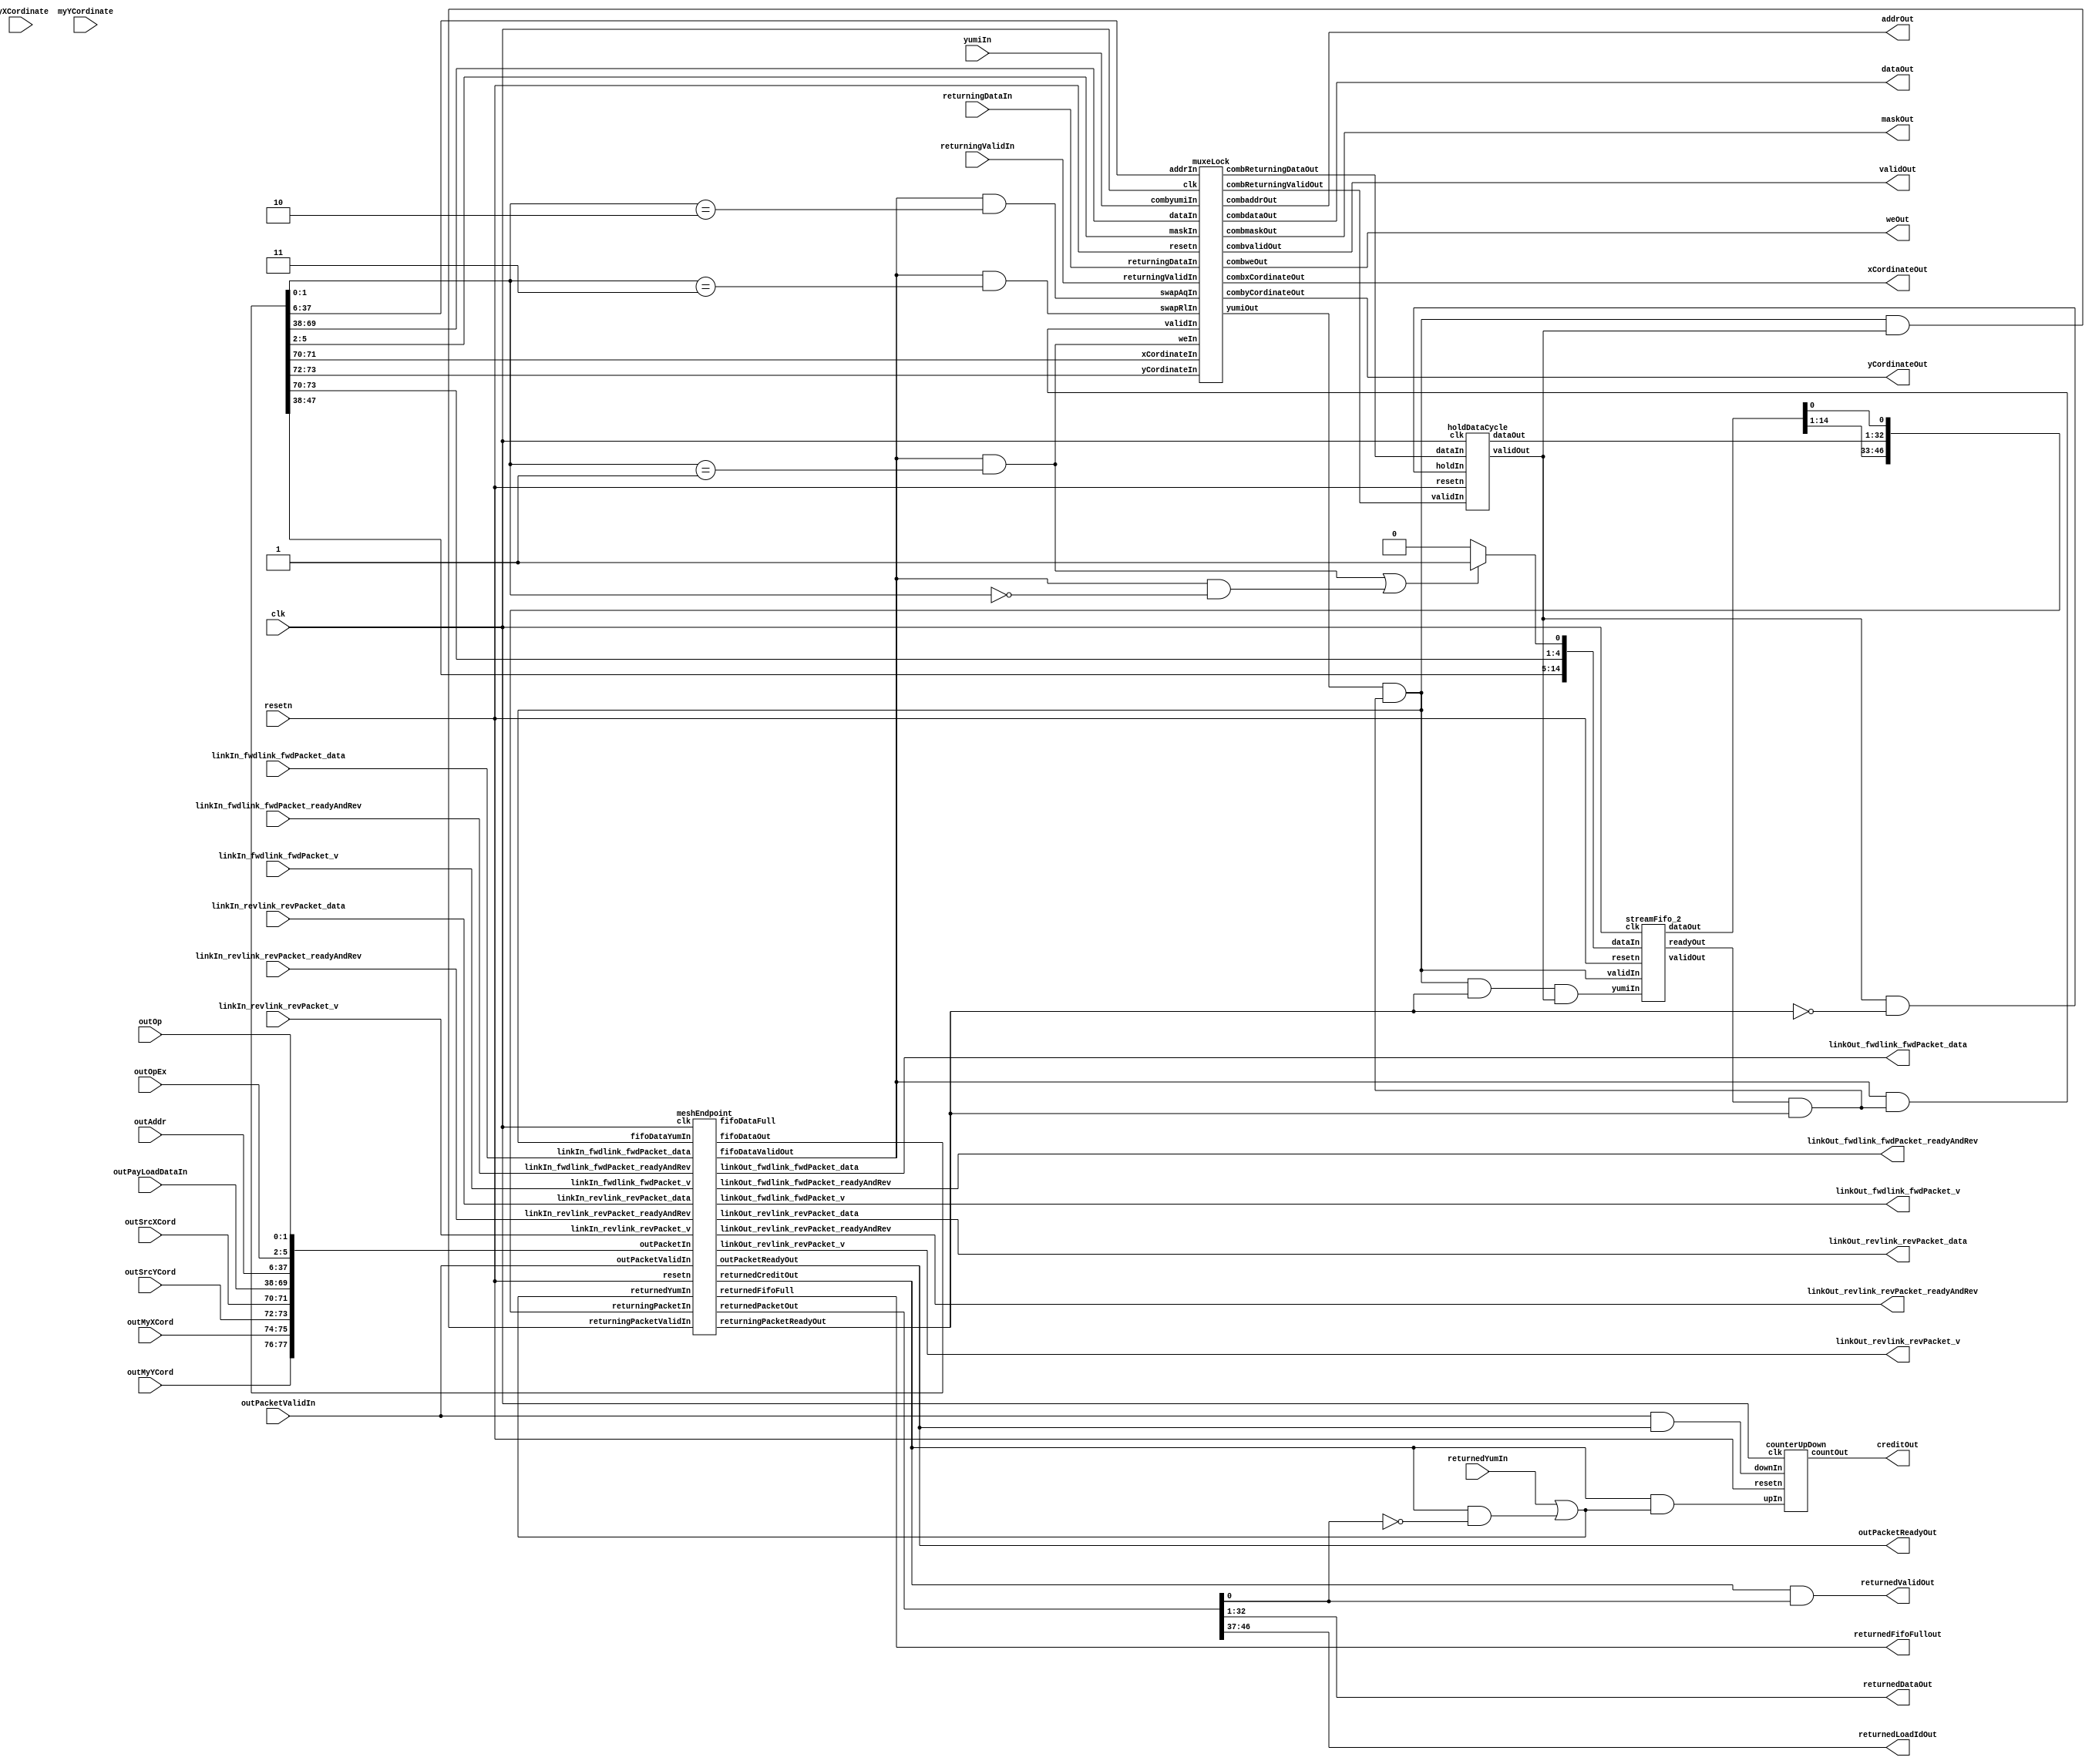
// Generator : SpinalHDL v1.7.3    git head : ed8004c489ee8a38c2cab309d0447b543fe9d5b8
// Component : meshEndpointStandard

`timescale 1ns/1ps

module meshEndpointStandard (
  input               linkIn_fwdlink_fwdPacket_v,
  input               linkIn_fwdlink_fwdPacket_readyAndRev,
  input      [77:0]   linkIn_fwdlink_fwdPacket_data,
  input               linkIn_revlink_revPacket_v,
  input               linkIn_revlink_revPacket_readyAndRev,
  input      [46:0]   linkIn_revlink_revPacket_data,
  output              linkOut_fwdlink_fwdPacket_v,
  output              linkOut_fwdlink_fwdPacket_readyAndRev,
  output     [77:0]   linkOut_fwdlink_fwdPacket_data,
  output              linkOut_revlink_revPacket_v,
  output              linkOut_revlink_revPacket_readyAndRev,
  output     [46:0]   linkOut_revlink_revPacket_data,
  output              validOut,
  input               yumiIn,
  output     [31:0]   dataOut,
  output     [3:0]    maskOut,
  output     [31:0]   addrOut,
  output              weOut,
  output     [1:0]    xCordinateOut,
  output     [1:0]    yCordinateOut,
  input      [31:0]   returningDataIn,
  input               returningValidIn,
  input      [1:0]    outOp,
  input      [3:0]    outOpEx,
  input      [31:0]   outAddr,
  input      [31:0]   outPayLoadDataIn,
  input      [1:0]    outSrcXCord,
  input      [1:0]    outSrcYCord,
  input      [1:0]    outMyXCord,
  input      [1:0]    outMyYCord,
  input               outPacketValidIn,
  output              outPacketReadyOut,
  output     [31:0]   returnedDataOut,
  output     [9:0]    returnedLoadIdOut,
  output              returnedValidOut,
  input               returnedYumIn,
  output              returnedFifoFullout,
  output     [4:0]    creditOut,
  input      [1:0]    myXCordinate,
  input      [1:0]    myYCordinate,
  input               clk,
  input               resetn
);

  wire       [14:0]   myreturnCreditFifo_dataIn;
  wire                myHold1Cycle_holdIn;
  wire       [0:0]    mycounterUpDown_upIn;
  wire       [0:0]    mycounterUpDown_downIn;
  wire                myEndpoint_linkOut_fwdlink_fwdPacket_v;
  wire                myEndpoint_linkOut_fwdlink_fwdPacket_readyAndRev;
  wire       [77:0]   myEndpoint_linkOut_fwdlink_fwdPacket_data;
  wire                myEndpoint_linkOut_revlink_revPacket_v;
  wire                myEndpoint_linkOut_revlink_revPacket_readyAndRev;
  wire       [46:0]   myEndpoint_linkOut_revlink_revPacket_data;
  wire       [77:0]   myEndpoint_fifoDataOut;
  wire                myEndpoint_fifoDataValidOut;
  wire                myEndpoint_fifoDataFull;
  wire                myEndpoint_outPacketReadyOut;
  wire       [46:0]   myEndpoint_returnedPacketOut;
  wire                myEndpoint_returnedCreditOut;
  wire                myEndpoint_returnedFifoFull;
  wire                myEndpoint_returningPacketReadyOut;
  wire                myMuxeLock_yumiOut;
  wire                myMuxeLock_combvalidOut;
  wire       [31:0]   myMuxeLock_combdataOut;
  wire       [3:0]    myMuxeLock_combmaskOut;
  wire       [31:0]   myMuxeLock_combaddrOut;
  wire                myMuxeLock_combweOut;
  wire       [1:0]    myMuxeLock_combxCordinateOut;
  wire       [1:0]    myMuxeLock_combyCordinateOut;
  wire       [31:0]   myMuxeLock_combReturningDataOut;
  wire                myMuxeLock_combReturningValidOut;
  wire                myreturnCreditFifo_readyOut;
  wire       [14:0]   myreturnCreditFifo_dataOut;
  wire                myreturnCreditFifo_validOut;
  wire                myHold1Cycle_validOut;
  wire       [31:0]   myHold1Cycle_dataOut;
  wire       [4:0]    mycounterUpDown_countOut;
  wire       [1:0]    tempPacketData_op;
  wire       [3:0]    tempPacketData_opEx;
  wire       [31:0]   tempPacketData_addr;
  wire       [31:0]   tempPacketData_payload_data;
  wire       [31:0]   tempPacketData_payload_loadInfo;
  wire       [9:0]    tempPacketData_payload_loadId;
  wire       [21:0]   tempPacketData_payload_loadInfoPadding;
  wire       [1:0]    tempPacketData_srcXCord;
  wire       [1:0]    tempPacketData_srcYCord;
  wire       [1:0]    tempPacketData_myXCord;
  wire       [1:0]    tempPacketData_myYCord;
  wire                tempPacketDataValid;
  wire                tempPacketYumi;
  wire                tempPacketFifoFull;
  wire       [0:0]    tempReturnedPacket_pktTyple;
  wire       [31:0]   tempReturnedPacket_data;
  wire       [9:0]    tempReturnedPacket_loadId;
  wire       [1:0]    tempReturnedPacket_xCord;
  wire       [1:0]    tempReturnedPacket_yCord;
  wire                tempReturnedYumi;
  wire                tempReturnedCredit;
  wire       [46:0]   tempReturningPacket;
  wire                tempReturningPacketValid;
  wire                tempReturningPacketReady;
  wire       [77:0]   tempoutPacketIn;
  wire                returnedCredit;
  wire                tempvalidIn;
  wire                tempyumiOut;
  wire       [31:0]   tempdataIn;
  wire       [3:0]    tempmaskIn;
  wire       [31:0]   tempaddrIn;
  wire                tempweIn;
  wire                tempswapAqIn;
  wire                tempswapRlIn;
  wire                tempRemoteLoad;
  wire                tempRemoteStroe;
  wire       [1:0]    tempxCordinateIn;
  wire       [1:0]    tempyCordinateIn;
  wire       [31:0]   tempcombReturningDataOut;
  wire                tempcombReturneingValidOut;
  wire       [0:0]    rcFifoli_packetType;
  wire       [1:0]    rcFifoli_xCordinate;
  wire       [1:0]    rcFifoli_yCordinate;
  wire       [9:0]    rcFifoli_loadId;
  wire       [0:0]    rcFifolo_packetType;
  wire       [1:0]    rcFifolo_xCordinate;
  wire       [1:0]    rcFifolo_yCordinate;
  wire       [9:0]    rcFifolo_loadId;
  wire                rcFifoReadyOut;
  wire                rcFifoValidOut;
  wire                rcFifoYumiIn;
  wire                returningDataRequest;
  wire       [31:0]   holdReturningData;
  wire                holdReturningDataValid;
  wire       [0:0]    returningPacketCase_pktTyple;
  wire       [31:0]   returningPacketCase_data;
  wire       [9:0]    returningPacketCase_loadId;
  wire       [1:0]    returningPacketCase_xCord;
  wire       [1:0]    returningPacketCase_yCord;
  wire                launchOut;

  meshEndpoint myEndpoint (
    .linkIn_fwdlink_fwdPacket_v            (linkIn_fwdlink_fwdPacket_v                      ), //i
    .linkIn_fwdlink_fwdPacket_readyAndRev  (linkIn_fwdlink_fwdPacket_readyAndRev            ), //i
    .linkIn_fwdlink_fwdPacket_data         (linkIn_fwdlink_fwdPacket_data[77:0]             ), //i
    .linkIn_revlink_revPacket_v            (linkIn_revlink_revPacket_v                      ), //i
    .linkIn_revlink_revPacket_readyAndRev  (linkIn_revlink_revPacket_readyAndRev            ), //i
    .linkIn_revlink_revPacket_data         (linkIn_revlink_revPacket_data[46:0]             ), //i
    .linkOut_fwdlink_fwdPacket_v           (myEndpoint_linkOut_fwdlink_fwdPacket_v          ), //o
    .linkOut_fwdlink_fwdPacket_readyAndRev (myEndpoint_linkOut_fwdlink_fwdPacket_readyAndRev), //o
    .linkOut_fwdlink_fwdPacket_data        (myEndpoint_linkOut_fwdlink_fwdPacket_data[77:0] ), //o
    .linkOut_revlink_revPacket_v           (myEndpoint_linkOut_revlink_revPacket_v          ), //o
    .linkOut_revlink_revPacket_readyAndRev (myEndpoint_linkOut_revlink_revPacket_readyAndRev), //o
    .linkOut_revlink_revPacket_data        (myEndpoint_linkOut_revlink_revPacket_data[46:0] ), //o
    .fifoDataOut                           (myEndpoint_fifoDataOut[77:0]                    ), //o
    .fifoDataValidOut                      (myEndpoint_fifoDataValidOut                     ), //o
    .fifoDataYumIn                         (tempPacketYumi                                  ), //i
    .fifoDataFull                          (myEndpoint_fifoDataFull                         ), //o
    .outPacketIn                           (tempoutPacketIn[77:0]                           ), //i
    .outPacketValidIn                      (outPacketValidIn                                ), //i
    .outPacketReadyOut                     (myEndpoint_outPacketReadyOut                    ), //o
    .returnedPacketOut                     (myEndpoint_returnedPacketOut[46:0]              ), //o
    .returnedCreditOut                     (myEndpoint_returnedCreditOut                    ), //o
    .returnedYumIn                         (tempReturnedYumi                                ), //i
    .returnedFifoFull                      (myEndpoint_returnedFifoFull                     ), //o
    .returningPacketIn                     (tempReturningPacket[46:0]                       ), //i
    .returningPacketValidIn                (tempReturningPacketValid                        ), //i
    .returningPacketReadyOut               (myEndpoint_returningPacketReadyOut              ), //o
    .clk                                   (clk                                             ), //i
    .resetn                                (resetn                                          )  //i
  );
  muxeLock myMuxeLock (
    .validIn               (tempvalidIn                          ), //i
    .yumiOut               (myMuxeLock_yumiOut                   ), //o
    .dataIn                (tempdataIn[31:0]                     ), //i
    .maskIn                (tempmaskIn[3:0]                      ), //i
    .addrIn                (tempaddrIn[31:0]                     ), //i
    .weIn                  (tempweIn                             ), //i
    .swapAqIn              (tempswapAqIn                         ), //i
    .swapRlIn              (tempswapRlIn                         ), //i
    .xCordinateIn          (tempxCordinateIn[1:0]                ), //i
    .yCordinateIn          (tempyCordinateIn[1:0]                ), //i
    .combvalidOut          (myMuxeLock_combvalidOut              ), //o
    .combyumiIn            (yumiIn                               ), //i
    .combdataOut           (myMuxeLock_combdataOut[31:0]         ), //o
    .combmaskOut           (myMuxeLock_combmaskOut[3:0]          ), //o
    .combaddrOut           (myMuxeLock_combaddrOut[31:0]         ), //o
    .combweOut             (myMuxeLock_combweOut                 ), //o
    .combxCordinateOut     (myMuxeLock_combxCordinateOut[1:0]    ), //o
    .combyCordinateOut     (myMuxeLock_combyCordinateOut[1:0]    ), //o
    .returningDataIn       (returningDataIn[31:0]                ), //i
    .returningValidIn      (returningValidIn                     ), //i
    .combReturningDataOut  (myMuxeLock_combReturningDataOut[31:0]), //o
    .combReturningValidOut (myMuxeLock_combReturningValidOut     ), //o
    .clk                   (clk                                  ), //i
    .resetn                (resetn                               )  //i
  );
  streamFifo_2 myreturnCreditFifo (
    .dataIn   (myreturnCreditFifo_dataIn[14:0] ), //i
    .validIn  (tempPacketYumi                  ), //i
    .readyOut (myreturnCreditFifo_readyOut     ), //o
    .dataOut  (myreturnCreditFifo_dataOut[14:0]), //o
    .validOut (myreturnCreditFifo_validOut     ), //o
    .yumiIn   (rcFifoYumiIn                    ), //i
    .clk      (clk                             ), //i
    .resetn   (resetn                          )  //i
  );
  holdDataCycle myHold1Cycle (
    .validIn  (tempcombReturneingValidOut    ), //i
    .dataIn   (tempcombReturningDataOut[31:0]), //i
    .holdIn   (myHold1Cycle_holdIn           ), //i
    .validOut (myHold1Cycle_validOut         ), //o
    .dataOut  (myHold1Cycle_dataOut[31:0]    ), //o
    .clk      (clk                           ), //i
    .resetn   (resetn                        )  //i
  );
  counterUpDown mycounterUpDown (
    .upIn     (mycounterUpDown_upIn         ), //i
    .downIn   (mycounterUpDown_downIn       ), //i
    .countOut (mycounterUpDown_countOut[4:0]), //o
    .clk      (clk                          ), //i
    .resetn   (resetn                       )  //i
  );
  assign tempPacketData_payload_loadInfo = tempPacketData_payload_data;
  assign tempPacketData_payload_loadId = tempPacketData_payload_loadInfo[9 : 0];
  assign tempPacketData_payload_loadInfoPadding = tempPacketData_payload_loadInfo[31 : 10];
  assign tempoutPacketIn = {{{{{{{outMyYCord,outMyXCord},outSrcYCord},outSrcXCord},outPayLoadDataIn},outAddr},outOpEx},outOp};
  assign returnedCredit = (tempReturnedCredit && tempReturnedYumi);
  assign linkOut_fwdlink_fwdPacket_v = myEndpoint_linkOut_fwdlink_fwdPacket_v;
  assign linkOut_fwdlink_fwdPacket_readyAndRev = myEndpoint_linkOut_fwdlink_fwdPacket_readyAndRev;
  assign linkOut_fwdlink_fwdPacket_data = myEndpoint_linkOut_fwdlink_fwdPacket_data;
  assign linkOut_revlink_revPacket_v = myEndpoint_linkOut_revlink_revPacket_v;
  assign linkOut_revlink_revPacket_readyAndRev = myEndpoint_linkOut_revlink_revPacket_readyAndRev;
  assign linkOut_revlink_revPacket_data = myEndpoint_linkOut_revlink_revPacket_data;
  assign tempPacketData_op = myEndpoint_fifoDataOut[1 : 0];
  assign tempPacketData_opEx = myEndpoint_fifoDataOut[5 : 2];
  assign tempPacketData_addr = myEndpoint_fifoDataOut[37 : 6];
  assign tempPacketData_payload_data = myEndpoint_fifoDataOut[69 : 38];
  assign tempPacketData_srcXCord = myEndpoint_fifoDataOut[71 : 70];
  assign tempPacketData_srcYCord = myEndpoint_fifoDataOut[73 : 72];
  assign tempPacketData_myXCord = myEndpoint_fifoDataOut[75 : 74];
  assign tempPacketData_myYCord = myEndpoint_fifoDataOut[77 : 76];
  assign tempPacketDataValid = myEndpoint_fifoDataValidOut;
  assign tempPacketFifoFull = myEndpoint_fifoDataFull;
  assign outPacketReadyOut = myEndpoint_outPacketReadyOut;
  assign tempReturnedPacket_pktTyple = myEndpoint_returnedPacketOut[0 : 0];
  assign tempReturnedPacket_data = myEndpoint_returnedPacketOut[32 : 1];
  assign tempReturnedPacket_xCord = myEndpoint_returnedPacketOut[34 : 33];
  assign tempReturnedPacket_yCord = myEndpoint_returnedPacketOut[36 : 35];
  assign tempReturnedPacket_loadId = myEndpoint_returnedPacketOut[46 : 37];
  assign tempReturnedCredit = myEndpoint_returnedCreditOut;
  assign returnedFifoFullout = myEndpoint_returnedFifoFull;
  assign tempReturningPacketReady = myEndpoint_returningPacketReadyOut;
  assign tempdataIn = tempPacketData_payload_data;
  assign tempaddrIn = tempPacketData_addr;
  assign tempmaskIn = tempPacketData_opEx;
  assign tempswapAqIn = (tempPacketDataValid && (tempPacketData_op == 2'b10));
  assign tempswapRlIn = (tempPacketDataValid && (tempPacketData_op == 2'b11));
  assign tempRemoteStroe = (tempPacketDataValid && (tempPacketData_op == 2'b01));
  assign tempRemoteLoad = (tempPacketDataValid && (tempPacketData_op == 2'b00));
  assign tempweIn = tempRemoteStroe;
  assign tempxCordinateIn = tempPacketData_srcXCord;
  assign tempyCordinateIn = tempPacketData_srcYCord;
  assign tempyumiOut = myMuxeLock_yumiOut;
  assign validOut = myMuxeLock_combvalidOut;
  assign dataOut = myMuxeLock_combdataOut;
  assign maskOut = myMuxeLock_combmaskOut;
  assign addrOut = myMuxeLock_combaddrOut;
  assign weOut = myMuxeLock_combweOut;
  assign xCordinateOut = myMuxeLock_combxCordinateOut;
  assign yCordinateOut = myMuxeLock_combyCordinateOut;
  assign tempcombReturningDataOut = myMuxeLock_combReturningDataOut;
  assign tempcombReturneingValidOut = myMuxeLock_combReturningValidOut;
  assign tempPacketYumi = (tempyumiOut && (rcFifoReadyOut && tempReturningPacketReady));
  assign tempvalidIn = (tempPacketDataValid && (rcFifoReadyOut && tempReturningPacketReady));
  assign returningDataRequest = (tempRemoteStroe || tempRemoteLoad);
  assign rcFifoli_packetType = (returningDataRequest ? 1'b1 : 1'b0);
  assign rcFifoli_xCordinate = tempPacketData_srcXCord;
  assign rcFifoli_yCordinate = tempPacketData_srcYCord;
  assign rcFifoli_loadId = tempPacketData_payload_loadId;
  assign myreturnCreditFifo_dataIn = {{{rcFifoli_loadId,rcFifoli_yCordinate},rcFifoli_xCordinate},rcFifoli_packetType};
  assign rcFifoReadyOut = myreturnCreditFifo_readyOut;
  assign rcFifoValidOut = tempPacketYumi;
  assign rcFifolo_packetType = myreturnCreditFifo_dataOut[0 : 0];
  assign rcFifolo_xCordinate = myreturnCreditFifo_dataOut[2 : 1];
  assign rcFifolo_yCordinate = myreturnCreditFifo_dataOut[4 : 3];
  assign rcFifolo_loadId = myreturnCreditFifo_dataOut[14 : 5];
  assign myHold1Cycle_holdIn = (holdReturningDataValid && (! tempReturningPacketReady));
  assign holdReturningDataValid = myHold1Cycle_validOut;
  assign holdReturningData = myHold1Cycle_dataOut;
  assign rcFifoYumiIn = ((rcFifoValidOut && tempReturningPacketReady) && holdReturningDataValid);
  assign tempReturningPacketValid = (rcFifoValidOut && holdReturningDataValid);
  assign returningPacketCase_pktTyple = rcFifolo_packetType;
  assign returningPacketCase_data = holdReturningData;
  assign returningPacketCase_xCord = rcFifolo_xCordinate;
  assign returningPacketCase_yCord = rcFifolo_yCordinate;
  assign returningPacketCase_loadId = rcFifolo_loadId;
  assign tempReturningPacket = {{{{returningPacketCase_loadId,returningPacketCase_yCord},returningPacketCase_xCord},returningPacketCase_data},returningPacketCase_pktTyple};
  assign launchOut = (outPacketValidIn && outPacketReadyOut);
  assign mycounterUpDown_downIn = launchOut;
  assign mycounterUpDown_upIn = returnedCredit;
  assign creditOut = mycounterUpDown_countOut;
  assign returnedDataOut = tempReturnedPacket_data;
  assign returnedLoadIdOut = tempReturnedPacket_loadId;
  assign returnedValidOut = (tempReturnedCredit && (tempReturnedPacket_pktTyple == 1'b1));
  assign tempReturnedYumi = (returnedYumIn || (tempReturnedCredit && (! (tempReturnedPacket_pktTyple == 1'b1))));

endmodule

//counterUpDown replaced by counterUpDown

module holdDataCycle (
  input               validIn,
  input      [31:0]   dataIn,
  input               holdIn,
  output              validOut,
  output     [31:0]   dataOut,
  input               clk,
  input               resetn
);

  reg                 holdReg_0;
  reg                 validReg_0;
  reg        [31:0]   dataReg_0;
  wire                validTemp_0;
  wire       [31:0]   dataTemp_0;
  reg        [0:0]    counterHoldCycle;

  assign dataTemp_0 = (holdReg_0 ? dataReg_0 : dataIn);
  assign validTemp_0 = (holdReg_0 ? validReg_0 : validIn);
  assign dataOut = dataTemp_0;
  assign validOut = validTemp_0;
  always @(posedge clk) begin
    holdReg_0 <= holdIn;
    dataReg_0 <= dataIn;
    validReg_0 <= validIn;
  end


endmodule

module streamFifo_2 (
  input      [14:0]   dataIn,
  input               validIn,
  output              readyOut,
  output     [14:0]   dataOut,
  output              validOut,
  input               yumiIn,
  input               clk,
  input               resetn
);

  wire                fifo2_myMem1r1w_rVi;
  wire       [14:0]   fifo2_myMem1r1w_rDatao;
  reg        [0:0]    fifo2_ptrRead;
  wire                fifo2_deq;
  reg        [0:0]    fifo2_ptrWrite;
  wire                fifo2_enq;
  reg                 fifo2_empty;
  reg                 fifo2_full;

  Mem1r1w_2 fifo2_myMem1r1w (
    .wVi    (fifo2_enq                   ), //i
    .wAddri (fifo2_ptrWrite              ), //i
    .wDatai (dataIn[14:0]                ), //i
    .rVi    (fifo2_myMem1r1w_rVi         ), //i
    .rAddri (fifo2_ptrRead               ), //i
    .rDatao (fifo2_myMem1r1w_rDatao[14:0]), //o
    .clk    (clk                         ), //i
    .resetn (resetn                      )  //i
  );
  assign fifo2_deq = yumiIn;
  assign fifo2_enq = ((! fifo2_full) && validIn);
  assign validOut = (! fifo2_empty);
  assign readyOut = (! fifo2_full);
  assign fifo2_myMem1r1w_rVi = (! fifo2_empty);
  assign dataOut = fifo2_myMem1r1w_rDatao;
  always @(posedge clk or negedge resetn) begin
    if(!resetn) begin
      fifo2_ptrRead <= 1'b0;
      fifo2_ptrWrite <= 1'b0;
      fifo2_empty <= 1'b1;
      fifo2_full <= 1'b0;
    end else begin
      if(fifo2_enq) begin
        fifo2_ptrWrite <= (~ fifo2_ptrWrite);
      end
      if(fifo2_deq) begin
        fifo2_ptrRead <= fifo2_ptrRead;
      end
      fifo2_empty <= ((fifo2_empty && (! fifo2_enq)) || (((! fifo2_full) && fifo2_deq) && (! fifo2_enq)));
      fifo2_full <= ((((! fifo2_empty) && fifo2_enq) && (! fifo2_deq)) || (fifo2_full && (! fifo2_deq)));
    end
  end


endmodule

module muxeLock (
  input               validIn,
  output              yumiOut,
  input      [31:0]   dataIn,
  input      [3:0]    maskIn,
  input      [31:0]   addrIn,
  input               weIn,
  input               swapAqIn,
  input               swapRlIn,
  input      [1:0]    xCordinateIn,
  input      [1:0]    yCordinateIn,
  output              combvalidOut,
  input               combyumiIn,
  output     [31:0]   combdataOut,
  output     [3:0]    combmaskOut,
  output     [31:0]   combaddrOut,
  output              combweOut,
  output     [1:0]    combxCordinateOut,
  output     [1:0]    combyCordinateOut,
  input      [31:0]   returningDataIn,
  input               returningValidIn,
  output     [31:0]   combReturningDataOut,
  output              combReturningValidOut,
  input               clk,
  input               resetn
);

  wire       [0:0]    myCounterUpDown_upIn;
  wire       [0:0]    myCounterUpDown_downIn;
  wire       [4:0]    myCounterUpDown_countOut;
  wire       [31:0]   _zz_combReturningDataOut;
  wire       [0:0]    _zz_combReturningDataOut_1;
  reg        [31:0]   swapAddr;
  reg        [1:0]    swapXCordinate;
  reg        [1:0]    swapYCordinate;
  reg                 swapLock;
  wire                nodeIsIdle;
  wire                swapAqYumi;
  wire                swapAqSuccess;
  wire                swapAqFail;
  wire                swapMatch;
  wire                swapRlYumi;
  reg                 swapResultValid;
  reg                 swapAqResult;
  wire                lockSucessEncode;
  wire                lockFailEncode;
  wire       [4:0]    requestNumInNode;

  assign _zz_combReturningDataOut_1 = swapAqResult;
  assign _zz_combReturningDataOut = {31'd0, _zz_combReturningDataOut_1};
  counterUpDown myCounterUpDown (
    .upIn     (myCounterUpDown_upIn         ), //i
    .downIn   (myCounterUpDown_downIn       ), //i
    .countOut (myCounterUpDown_countOut[4:0]), //o
    .clk      (clk                          ), //i
    .resetn   (resetn                       )  //i
  );
  assign swapAqYumi = ((validIn && swapAqIn) && nodeIsIdle);
  assign swapAqSuccess = (swapAqYumi && (! swapLock));
  assign swapAqFail = (swapAqYumi && swapLock);
  assign swapMatch = (((swapAddr == addrIn) && (swapXCordinate == xCordinateIn)) && (swapYCordinate == yCordinateIn));
  assign swapRlYumi = ((validIn && swapRlIn) && nodeIsIdle);
  assign yumiOut = ((swapRlYumi || swapRlYumi) || combyumiIn);
  assign combvalidOut = (validIn && (! (swapAqIn || swapRlIn)));
  assign combdataOut = dataIn;
  assign combmaskOut = maskIn;
  assign combaddrOut = addrIn;
  assign combxCordinateOut = xCordinateIn;
  assign combyCordinateOut = yCordinateIn;
  assign combweOut = weIn;
  assign lockSucessEncode = 1'b0;
  assign lockFailEncode = 1'b1;
  assign combReturningValidOut = (swapResultValid || returningValidIn);
  assign combReturningDataOut = (swapResultValid ? _zz_combReturningDataOut : returningDataIn);
  assign myCounterUpDown_downIn = combyumiIn;
  assign myCounterUpDown_upIn = returningValidIn;
  assign requestNumInNode = myCounterUpDown_countOut;
  assign nodeIsIdle = (requestNumInNode == 5'h10);
  always @(posedge clk or negedge resetn) begin
    if(!resetn) begin
      swapLock <= 1'b0;
      swapResultValid <= 1'b0;
      swapAqResult <= 1'b0;
    end else begin
      if(swapAqSuccess) begin
        swapLock <= 1'b1;
      end else begin
        if(swapAqYumi) begin
          swapLock <= 1'b0;
        end
      end
      swapResultValid <= (swapAqYumi || swapRlYumi);
      swapAqResult <= (swapAqSuccess ? lockSucessEncode : lockFailEncode);
    end
  end

  always @(posedge clk) begin
    if(swapAqSuccess) begin
      swapAddr <= addrIn;
      swapXCordinate <= xCordinateIn;
      swapYCordinate <= yCordinateIn;
    end else begin
      if(swapAqYumi) begin
        swapAddr <= 32'h0;
        swapXCordinate <= 2'b00;
        swapYCordinate <= 2'b00;
      end
    end
  end


endmodule

module meshEndpoint (
  input               linkIn_fwdlink_fwdPacket_v,
  input               linkIn_fwdlink_fwdPacket_readyAndRev,
  input      [77:0]   linkIn_fwdlink_fwdPacket_data,
  input               linkIn_revlink_revPacket_v,
  input               linkIn_revlink_revPacket_readyAndRev,
  input      [46:0]   linkIn_revlink_revPacket_data,
  output              linkOut_fwdlink_fwdPacket_v,
  output              linkOut_fwdlink_fwdPacket_readyAndRev,
  output     [77:0]   linkOut_fwdlink_fwdPacket_data,
  output              linkOut_revlink_revPacket_v,
  output              linkOut_revlink_revPacket_readyAndRev,
  output     [46:0]   linkOut_revlink_revPacket_data,
  output     [77:0]   fifoDataOut,
  output              fifoDataValidOut,
  input               fifoDataYumIn,
  output              fifoDataFull,
  input      [77:0]   outPacketIn,
  input               outPacketValidIn,
  output              outPacketReadyOut,
  output     [46:0]   returnedPacketOut,
  output              returnedCreditOut,
  input               returnedYumIn,
  output              returnedFifoFull,
  input      [46:0]   returningPacketIn,
  input               returningPacketValidIn,
  output              returningPacketReadyOut,
  input               clk,
  input               resetn
);

  wire                myFifoPacketIn_readyOut;
  wire       [77:0]   myFifoPacketIn_dataOut;
  wire                myFifoPacketIn_validOut;
  wire                streamFifo_3_readyOut;
  wire       [46:0]   streamFifo_3_dataOut;
  wire                streamFifo_3_validOut;
  wire                linkInCast_fwdlink_fwdPacket_v;
  wire                linkInCast_fwdlink_fwdPacket_readyAndRev;
  wire       [77:0]   linkInCast_fwdlink_fwdPacket_data;
  wire                linkInCast_revlink_revPacket_v;
  wire                linkInCast_revlink_revPacket_readyAndRev;
  wire       [46:0]   linkInCast_revlink_revPacket_data;
  wire                linkOutCast_fwdlink_fwdPacket_v;
  wire                linkOutCast_fwdlink_fwdPacket_readyAndRev;
  wire       [77:0]   linkOutCast_fwdlink_fwdPacket_data;
  wire                linkOutCast_revlink_revPacket_v;
  wire                linkOutCast_revlink_revPacket_readyAndRev;
  wire       [46:0]   linkOutCast_revlink_revPacket_data;
  wire       [46:0]   returnedPacket;
  wire                returnedCredit;
  wire                returnedFifoReady;

  streamFifo myFifoPacketIn (
    .dataIn   (linkInCast_fwdlink_fwdPacket_data[77:0]), //i
    .validIn  (linkInCast_fwdlink_fwdPacket_v         ), //i
    .readyOut (myFifoPacketIn_readyOut                ), //o
    .dataOut  (myFifoPacketIn_dataOut[77:0]           ), //o
    .validOut (myFifoPacketIn_validOut                ), //o
    .yumiIn   (fifoDataYumIn                          ), //i
    .clk      (clk                                    ), //i
    .resetn   (resetn                                 )  //i
  );
  streamFifo_1 streamFifo_3 (
    .dataIn   (linkInCast_revlink_revPacket_data[46:0]), //i
    .validIn  (linkInCast_revlink_revPacket_v         ), //i
    .readyOut (streamFifo_3_readyOut                  ), //o
    .dataOut  (streamFifo_3_dataOut[46:0]             ), //o
    .validOut (streamFifo_3_validOut                  ), //o
    .yumiIn   (returnedYumIn                          ), //i
    .clk      (clk                                    ), //i
    .resetn   (resetn                                 )  //i
  );
  assign linkInCast_fwdlink_fwdPacket_v = linkIn_fwdlink_fwdPacket_v;
  assign linkInCast_fwdlink_fwdPacket_readyAndRev = linkIn_fwdlink_fwdPacket_readyAndRev;
  assign linkInCast_fwdlink_fwdPacket_data = linkIn_fwdlink_fwdPacket_data;
  assign linkInCast_revlink_revPacket_v = linkIn_revlink_revPacket_v;
  assign linkInCast_revlink_revPacket_readyAndRev = linkIn_revlink_revPacket_readyAndRev;
  assign linkInCast_revlink_revPacket_data = linkIn_revlink_revPacket_data;
  assign linkOut_fwdlink_fwdPacket_v = linkOutCast_fwdlink_fwdPacket_v;
  assign linkOut_fwdlink_fwdPacket_readyAndRev = linkOutCast_fwdlink_fwdPacket_readyAndRev;
  assign linkOut_fwdlink_fwdPacket_data = linkOutCast_fwdlink_fwdPacket_data;
  assign linkOut_revlink_revPacket_v = linkOutCast_revlink_revPacket_v;
  assign linkOut_revlink_revPacket_readyAndRev = linkOutCast_revlink_revPacket_readyAndRev;
  assign linkOut_revlink_revPacket_data = linkOutCast_revlink_revPacket_data;
  assign linkOutCast_fwdlink_fwdPacket_readyAndRev = myFifoPacketIn_readyOut;
  assign fifoDataOut = myFifoPacketIn_dataOut;
  assign fifoDataValidOut = myFifoPacketIn_validOut;
  assign linkOutCast_fwdlink_fwdPacket_data = outPacketIn;
  assign linkOutCast_fwdlink_fwdPacket_v = outPacketValidIn;
  assign outPacketReadyOut = linkInCast_fwdlink_fwdPacket_readyAndRev;
  assign fifoDataFull = (! linkOutCast_fwdlink_fwdPacket_readyAndRev);
  assign linkOutCast_revlink_revPacket_data = returningPacketIn;
  assign linkOutCast_revlink_revPacket_v = returningPacketValidIn;
  assign returningPacketReadyOut = linkInCast_revlink_revPacket_readyAndRev;
  assign returnedFifoReady = streamFifo_3_readyOut;
  assign returnedPacket = streamFifo_3_dataOut;
  assign returnedCredit = streamFifo_3_validOut;
  assign returnedFifoFull = (! returnedFifoReady);
  assign linkOutCast_revlink_revPacket_readyAndRev = returnedFifoReady;
  assign returnedCreditOut = returnedCredit;
  assign returnedPacketOut = returnedPacket;

endmodule

module Mem1r1w_2 (
  input               wVi,
  input      [0:0]    wAddri,
  input      [14:0]   wDatai,
  input               rVi,
  input      [0:0]    rAddri,
  output     [14:0]   rDatao,
  input               clk,
  input               resetn
);

  wire       [14:0]   _zz_mem_port0;
  (* ram_style = "distributed" *) reg [14:0] mem [0:1];

  assign _zz_mem_port0 = mem[rAddri];
  always @(posedge clk) begin
    if(wVi) begin
      mem[wAddri] <= wDatai;
    end
  end

  assign rDatao = _zz_mem_port0;

endmodule

module counterUpDown (
  input      [0:0]    upIn,
  input      [0:0]    downIn,
  output     [4:0]    countOut,
  input               clk,
  input               resetn
);

  wire       [4:0]    _zz_countTemp;
  wire       [4:0]    _zz_countTemp_1;
  wire       [4:0]    _zz_countTemp_2;
  reg        [4:0]    countTemp;

  assign _zz_countTemp = (countTemp - _zz_countTemp_1);
  assign _zz_countTemp_1 = {4'd0, downIn};
  assign _zz_countTemp_2 = {4'd0, upIn};
  assign countOut = countTemp;
  always @(posedge clk or negedge resetn) begin
    if(!resetn) begin
      countTemp <= 5'h10;
    end else begin
      countTemp <= (_zz_countTemp + _zz_countTemp_2);
    end
  end


endmodule

module streamFifo_1 (
  input      [46:0]   dataIn,
  input               validIn,
  output              readyOut,
  output     [46:0]   dataOut,
  output              validOut,
  input               yumiIn,
  input               clk,
  input               resetn
);

  wire                fifo2_myMem1r1w_rVi;
  wire       [46:0]   fifo2_myMem1r1w_rDatao;
  reg        [0:0]    fifo2_ptrRead;
  wire                fifo2_deq;
  reg        [0:0]    fifo2_ptrWrite;
  wire                fifo2_enq;
  reg                 fifo2_empty;
  reg                 fifo2_full;

  Mem1r1w_1 fifo2_myMem1r1w (
    .wVi    (fifo2_enq                   ), //i
    .wAddri (fifo2_ptrWrite              ), //i
    .wDatai (dataIn[46:0]                ), //i
    .rVi    (fifo2_myMem1r1w_rVi         ), //i
    .rAddri (fifo2_ptrRead               ), //i
    .rDatao (fifo2_myMem1r1w_rDatao[46:0]), //o
    .clk    (clk                         ), //i
    .resetn (resetn                      )  //i
  );
  assign fifo2_deq = yumiIn;
  assign fifo2_enq = ((! fifo2_full) && validIn);
  assign validOut = (! fifo2_empty);
  assign readyOut = (! fifo2_full);
  assign fifo2_myMem1r1w_rVi = (! fifo2_empty);
  assign dataOut = fifo2_myMem1r1w_rDatao;
  always @(posedge clk or negedge resetn) begin
    if(!resetn) begin
      fifo2_ptrRead <= 1'b0;
      fifo2_ptrWrite <= 1'b0;
      fifo2_empty <= 1'b1;
      fifo2_full <= 1'b0;
    end else begin
      if(fifo2_enq) begin
        fifo2_ptrWrite <= (~ fifo2_ptrWrite);
      end
      if(fifo2_deq) begin
        fifo2_ptrRead <= fifo2_ptrRead;
      end
      fifo2_empty <= ((fifo2_empty && (! fifo2_enq)) || (((! fifo2_full) && fifo2_deq) && (! fifo2_enq)));
      fifo2_full <= ((((! fifo2_empty) && fifo2_enq) && (! fifo2_deq)) || (fifo2_full && (! fifo2_deq)));
    end
  end


endmodule

module streamFifo (
  input      [77:0]   dataIn,
  input               validIn,
  output              readyOut,
  output     [77:0]   dataOut,
  output              validOut,
  input               yumiIn,
  input               clk,
  input               resetn
);

  wire       [1:0]    fifolarger2_myFifoTracker_ptrReadOut;
  wire       [1:0]    fifolarger2_myFifoTracker_ptrWriteOut;
  wire                fifolarger2_myFifoTracker_fullOut;
  wire                fifolarger2_myFifoTracker_emptyOut;
  wire       [77:0]   fifolarger2_myMem1r1w_rDatao;
  wire                fifolarger2_deq;
  wire                fifolarger2_validOutTemp;
  wire                fifolarger2_enq;
  wire                fifolarger2_readyOutTemp;
  wire       [1:0]    fifolarger2_ptrRead;
  wire       [1:0]    fifolarger2_ptrWrite;
  wire                fifolarger2_empty;
  wire                fifolarger2_full;

  fifoTracker fifolarger2_myFifoTracker (
    .enqIn       (fifolarger2_enq                           ), //i
    .deqIn       (fifolarger2_deq                           ), //i
    .ptrReadOut  (fifolarger2_myFifoTracker_ptrReadOut[1:0] ), //o
    .ptrWriteOut (fifolarger2_myFifoTracker_ptrWriteOut[1:0]), //o
    .fullOut     (fifolarger2_myFifoTracker_fullOut         ), //o
    .emptyOut    (fifolarger2_myFifoTracker_emptyOut        ), //o
    .clk         (clk                                       ), //i
    .resetn      (resetn                                    )  //i
  );
  Mem1r1w fifolarger2_myMem1r1w (
    .wVi    (fifolarger2_enq                   ), //i
    .wAddri (fifolarger2_ptrWrite[1:0]         ), //i
    .wDatai (dataIn[77:0]                      ), //i
    .rVi    (fifolarger2_validOutTemp          ), //i
    .rAddri (fifolarger2_ptrRead[1:0]          ), //i
    .rDatao (fifolarger2_myMem1r1w_rDatao[77:0]), //o
    .clk    (clk                               ), //i
    .resetn (resetn                            )  //i
  );
  assign fifolarger2_deq = yumiIn;
  assign fifolarger2_enq = (validIn && fifolarger2_readyOutTemp);
  assign fifolarger2_readyOutTemp = (! fifolarger2_full);
  assign readyOut = fifolarger2_readyOutTemp;
  assign fifolarger2_validOutTemp = (! fifolarger2_empty);
  assign validOut = fifolarger2_validOutTemp;
  assign fifolarger2_full = fifolarger2_myFifoTracker_fullOut;
  assign fifolarger2_empty = fifolarger2_myFifoTracker_emptyOut;
  assign fifolarger2_ptrRead = fifolarger2_myFifoTracker_ptrReadOut;
  assign fifolarger2_ptrWrite = fifolarger2_myFifoTracker_ptrWriteOut;
  assign dataOut = fifolarger2_myMem1r1w_rDatao;

endmodule

module Mem1r1w_1 (
  input               wVi,
  input      [0:0]    wAddri,
  input      [46:0]   wDatai,
  input               rVi,
  input      [0:0]    rAddri,
  output     [46:0]   rDatao,
  input               clk,
  input               resetn
);

  wire       [46:0]   _zz_mem_port0;
  (* ram_style = "distributed" *) reg [46:0] mem [0:1];

  assign _zz_mem_port0 = mem[rAddri];
  always @(posedge clk) begin
    if(wVi) begin
      mem[wAddri] <= wDatai;
    end
  end

  assign rDatao = _zz_mem_port0;

endmodule

module Mem1r1w (
  input               wVi,
  input      [1:0]    wAddri,
  input      [77:0]   wDatai,
  input               rVi,
  input      [1:0]    rAddri,
  output     [77:0]   rDatao,
  input               clk,
  input               resetn
);

  wire       [77:0]   _zz_mem_port0;
  (* ram_style = "distributed" *) reg [77:0] mem [0:3];

  assign _zz_mem_port0 = mem[rAddri];
  always @(posedge clk) begin
    if(wVi) begin
      mem[wAddri] <= wDatai;
    end
  end

  assign rDatao = _zz_mem_port0;

endmodule

module fifoTracker (
  input               enqIn,
  input               deqIn,
  output     [1:0]    ptrReadOut,
  output     [1:0]    ptrWriteOut,
  output              fullOut,
  output              emptyOut,
  input               clk,
  input               resetn
);

  wire       [0:0]    myReadPtr_addIn;
  wire       [0:0]    myWritePtr_addIn;
  wire       [1:0]    myReadPtr_ptr;
  wire       [1:0]    myWritePtr_ptr;
  wire       [1:0]    ptrRead;
  wire       [1:0]    ptrWrite;
  reg                 enq;
  reg                 deq;
  wire                when_nocDefines_l439;
  wire                equalPtr;

  circlarPtr myReadPtr (
    .addIn  (myReadPtr_addIn   ), //i
    .ptr    (myReadPtr_ptr[1:0]), //o
    .clk    (clk               ), //i
    .resetn (resetn            )  //i
  );
  circlarPtr myWritePtr (
    .addIn  (myWritePtr_addIn   ), //i
    .ptr    (myWritePtr_ptr[1:0]), //o
    .clk    (clk                ), //i
    .resetn (resetn             )  //i
  );
  assign myReadPtr_addIn = deqIn;
  assign ptrRead = myReadPtr_ptr;
  assign myWritePtr_addIn = enqIn;
  assign ptrWrite = myWritePtr_ptr;
  assign when_nocDefines_l439 = (deqIn || enqIn);
  assign equalPtr = (ptrWrite == ptrRead);
  assign emptyOut = (equalPtr && deq);
  assign fullOut = (equalPtr && enq);
  assign ptrReadOut = ptrRead;
  assign ptrWriteOut = ptrWrite;
  always @(posedge clk or negedge resetn) begin
    if(!resetn) begin
      enq <= 1'b0;
      deq <= 1'b1;
    end else begin
      if(when_nocDefines_l439) begin
        enq <= enqIn;
        deq <= deqIn;
      end
    end
  end


endmodule

//circlarPtr replaced by circlarPtr

module circlarPtr (
  input      [0:0]    addIn,
  output     [1:0]    ptr,
  input               clk,
  input               resetn
);

  wire       [1:0]    _zz_ptrNext;
  reg        [1:0]    ptrRight;
  wire       [1:0]    ptrNext;
  wire       [2:0]    ptrWrap;

  assign _zz_ptrNext = (ptrRight + 2'b01);
  assign ptr = ptrRight;
  assign ptrNext = (addIn[0] ? _zz_ptrNext : ptrRight);
  always @(posedge clk or negedge resetn) begin
    if(!resetn) begin
      ptrRight <= 2'b00;
    end else begin
      ptrRight <= ptrNext;
    end
  end


endmodule